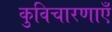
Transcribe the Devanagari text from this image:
कुविचारणाएँ